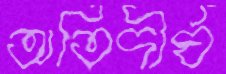
অতিদীর্ঘ